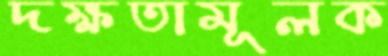
দক্ষতামূলক